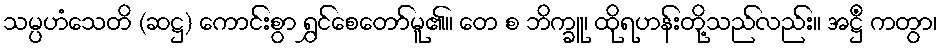
သမ္ပဟံသေတိ (ဆဋ္ဌ) ကောင်းစွာ ရွှင်စေတော်မူ၏။ တေ စ ဘိက္ခူ၊ ထိုရဟန်းတို့သည်လည်း။ အဋ္ဌိံ ကတွာ၊